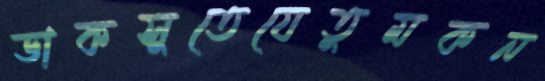
ডাকসুতেযেতুমকন